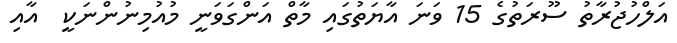
އަލްހުޖުރާތު ސޫރަތުގެ 15 ވަނަ އާޔަތުގައި މާތް އަންގަވަނީ މުއުމިނުންނަކީ  އާއި